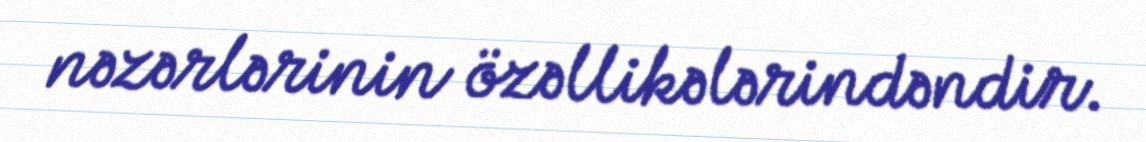
nəzərlərinin özəllikələrindəndir.